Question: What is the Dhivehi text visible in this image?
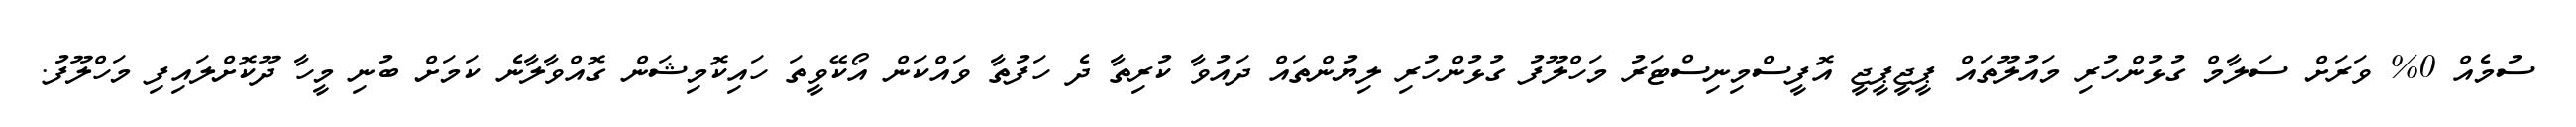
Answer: ސުމެއް 0% ވަރަށް ސަލާމް ގުޅުންހުރި މައުލޫތައް ޕީޖީޕީޖީ އޮފީސްމިނިސްޓަރު މަހްލޫފު ގުޅުންހުރި ލިޔުންތައް ދައުވާ ކުރިތާ ދެ ހަފުތާ ވައްކަން އޯކޭވީތަ ހައިކޮމިޝަން ގޮއްވާލާނެ ކަމަށް ބުނި މީހާ ދޫކޮށްލައިފި މަހްލޫފު.